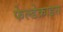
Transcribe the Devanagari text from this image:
फेल्डेक्राइस